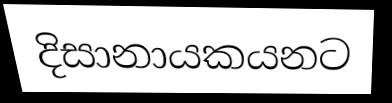
දිසානායකයනට